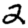
Digit: 2